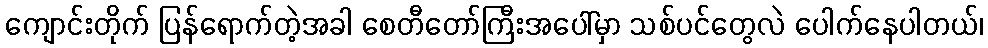
ကျောင်းတိုက် ပြန်ရောက်တဲ့အခါ စေတီတော်ကြီးအပေါ်မှာ သစ်ပင်တွေလဲ ပေါက်နေပါတယ်၊